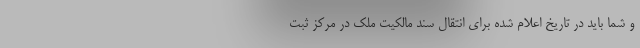
و شما باید در تاریخ اعلام شده برای انتقال سند مالکیت ملک در مرکز ثبت